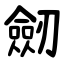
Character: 劒